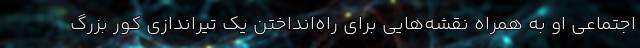
اجتماعی او به همراه نقشه‌هایی برای راه‌انداختن یک تیراندازی کور بزرگ